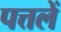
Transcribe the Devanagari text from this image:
पत्तलें